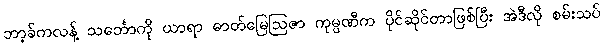
ဘာ့ခ်ကလန့် သင်္ဘောကို ယာရာ ဓာတ်မြေဩဇာ ကုမ္ပဏီက ပိုင်ဆိုင်တာဖြစ်ပြီး အဲဒီလို စမ်းသပ်